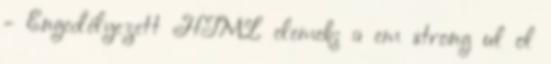
- Engedélyezett HTML elemek: a em strong ul ol